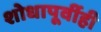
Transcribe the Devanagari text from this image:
शोधापूर्वीही